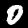
Label: 0